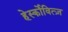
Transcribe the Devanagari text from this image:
हेर्स्कोवित्ज़